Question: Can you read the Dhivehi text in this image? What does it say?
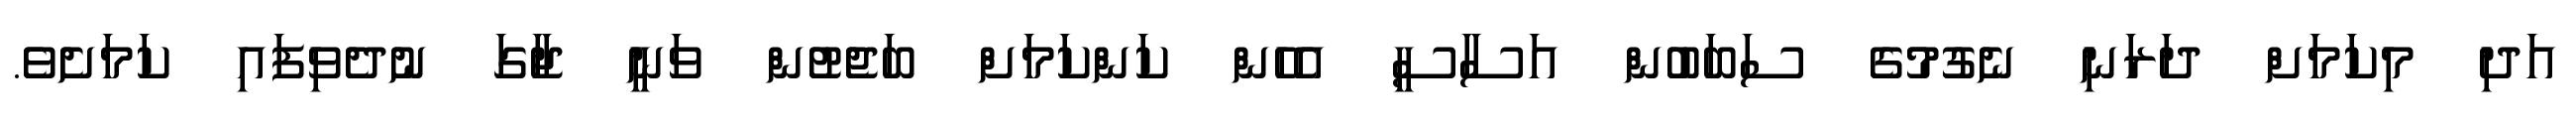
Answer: އަދި މިކަމަށް ދަރަނި ނެގުމުގެ ސަބަބުން އަސާސީ އެހެން ކަންކަމަށް ބަޖެޓުން ވަނީ ޖާގަ ނުދެވިފައި ކަމަށެވެ.